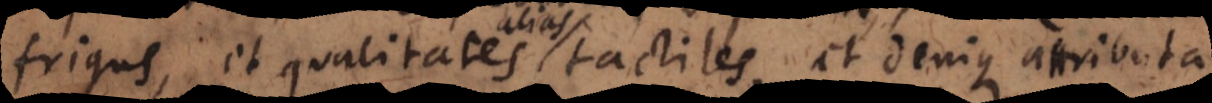
frigus, et qualitates tactiles, et denique attributa